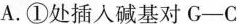
A.①处插入碱基对G-C